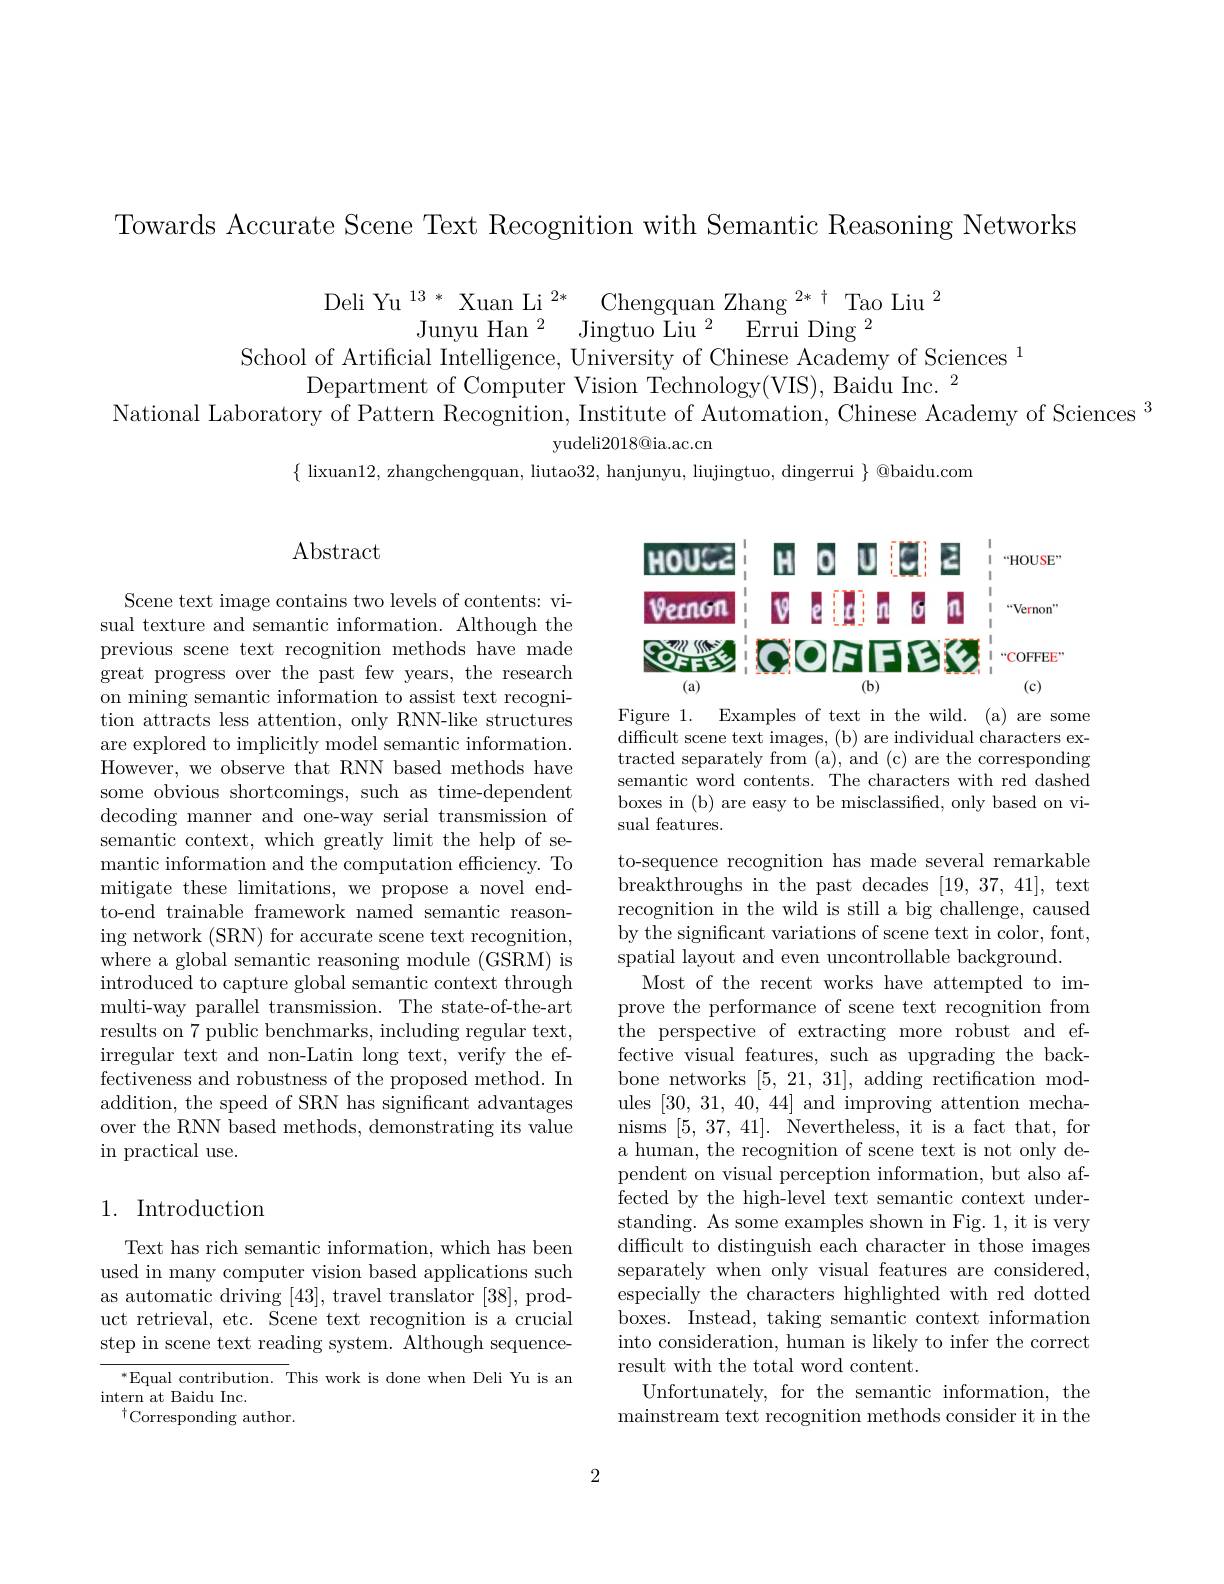
Towards Accurate Scene Text Recognition with Semantic Reasoning Networks

$\begin{array}{c}\text{Deli Yu}^{13*}&\mathrm{Xuan~Li}^{2*}&\mathrm{Chengquan~Zhang~}^{2*}+\mathrm{Tao~Liu~}^{2}\\\text{Junyu Han}^{2}&\mathrm{Jingtuo~Liu~}^{2}&\mathrm{Errui~Ding~}^{2}\\\text{School of Artificial Intelligence, University of Chinese Academy of Sciences}\end{array}$
Department of Computer Vision Technology(VIS), Baidu Inc. $^{2}$
National Laboratory of Pattern Recognition, Institute of Automation, Chinese Academy of Sciences $^3$
yudeli2018@ia.ac.cn
$\{$ lixuan12, zhangchengquan, liutao32, hanjunyu, liujingtuo, dingerrui $\}$ @baidu.com

# Abstract

<FigureHere>

Figure 1. Examples of text in the wild. (a) are some difficult scene text images, ( b) are individual characters ex- tracted separately from (a), and (c) are the corresponding semantic word contents. The characters with red dashed boxes in (b) are easy to be misclassified, only based on visual features.

Scene text image contains two levels of contents: visual texture and semantic information. Although the previous scene text recognition methods have made great progress over the past few years, the research on mining semantic information to assist text recognition attracts less attention, only RNN-like structures are explored to implicitly model semantic information. However, we observe that RNN based methods have some obvious shortcomings, such as time-dependent decoding manner and one-way serial transmission of semantic context, which greatly limit the help of semantic information and the computation efficiency. To mitigate these limitations, we propose a novel endto-end trainable framework named semantic reasoning network (SRN) for accurate scene text recognition, where a global semantic reasoning module (GSRM) is introduced to capture global semantic context through multi-way parallel transmission. The state-of-the-art results on 7 public benchmarks, including regular text, irregular text and non-Latin long text, verify the effectiveness and robustness of the proposed method. In addition, the speed of SRN has significant advantages over the RNN based methods, demonstrating its value in practical use.

to-sequence recognition has made several remarkable breakthroughs in the past decades [19,37,41], text recognition in the wild is still a big challenge, caused by the significant variations of scene text in color, font, spatial layout and even uncontrollable background.
Most of the recent works have attempted to improve the performance of scene text recognition from $\bar{\text{the perspective of extracting more robust and ef-}}$ fective visual features, such as upgrading the backbone networks [5,21,31], adding rectification modules [30,31,40,44] and improving attention mechanisms [5,37,41]. Nevertheless, it is a fact that, for a human, the recognition of scene text is not only dependent on visual perception information, but also affected by the high-level text semantic context understanding. As some examples shown in Fig. 1, it is very difficult to distinguish each character in those images separately when only visual features are considered, especially the characters highlighted with red dotted boxes. Instead, taking semantic context information into consideration, human is likely to infer the correct result with the total word content.
Unfortunately, for the semantic information, the mainstream text recognition methods consider it in the

## 1. Introduction

Text has rich semantic information, which has been used in many computer vision based applications such as automatic driving [43], travel translator [38], product retrieval, etc. Scene text recognition is a crucial step in scene text reading system. Although sequence-

$^*$Equal contribution. This work is done when Deli Yu is an
intern at Baidu Inc.
$^{\dagger}$Corresponding author.

2